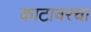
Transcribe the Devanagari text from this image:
काटावरचा